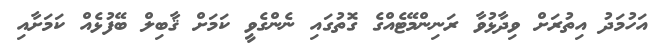
އަހުމަދު އިތުރަށް ވިދާޅުވާ ރަނިންމޭޓެއްގެ ގޮތުގައި ނެންގެވީ ކަމަށް ޤާބިލް ބޭފުޅެއް ކަމަށާއި